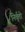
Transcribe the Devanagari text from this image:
निर्वृतो